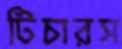
টিচারস